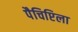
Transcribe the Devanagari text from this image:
पैचिप्टिला